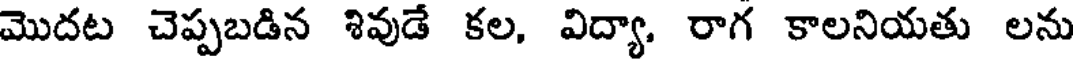
మొదట చెప్పబడిన శివుడే కల, విద్యా. రాగ కాలనియతు లను